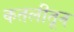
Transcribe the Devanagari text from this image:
कतलीतून